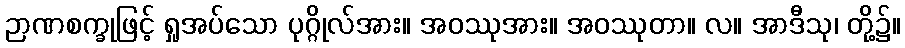
ဉာဏစက္ခုဖြင့် ရှုအပ်သော ပုဂ္ဂိုလ်အား။ အဝဿုအား။ အဝဿုတာ။ လ။ အာဒီသု၊ တို့၌။